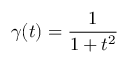
\gamma ( t ) = \frac { 1 } { 1 + t ^ { 2 } }